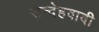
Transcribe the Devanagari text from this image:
सन्देहवादी